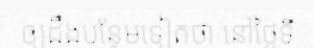
ឲ្យដឹងបន្ថែមទៀតថា នៅថ្ងៃទី